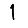
Digit: 1